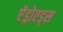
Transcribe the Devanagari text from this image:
ऐंड्रोएड्स